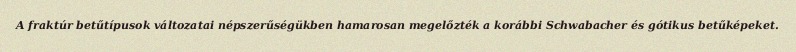
A fraktúr betűtípusok változatai népszerűségükben hamarosan megelőzték a korábbi Schwabacher és gótikus betűképeket.